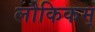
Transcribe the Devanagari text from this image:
लौकिकम्